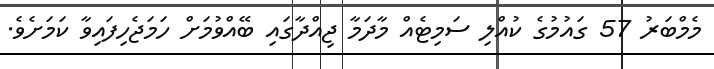
މެމްބަރު 57 ގައުމުގެ ކުއްލި ސަމިޓެއް މާދަމާ ޖިއްދާގައި ބޭއްވުމަށް ހަމަޖެހިފައިވާ ކަމަށެވެ.